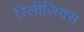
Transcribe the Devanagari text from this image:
रिलीज़ियस